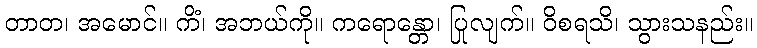
တာတ၊ အမောင်။ ကိံ၊ အဘယ်ကို။ ကရောန္တော၊ ပြုလျက်။ ဝိစရသိ၊ သွားသနည်း။